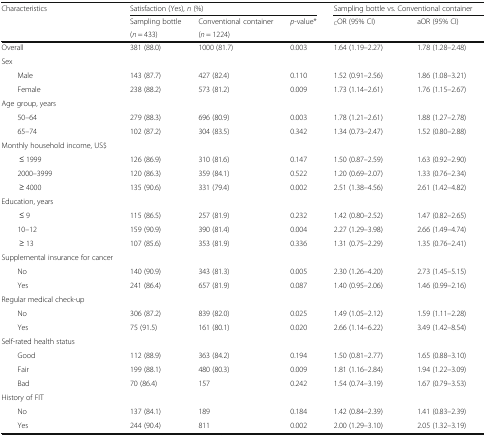
<table><thead><tr><td rowspan="3"><b>Characteristics</b></td><td colspan="3"><b>Satisfaction (Yes), <i>n</i> (%)</b></td><td colspan="2"><b>Sampling bottle vs. Conventional container</b></td></tr><tr><td><b>Sampling bottle</b></td><td><b>Conventional container</b></td><td rowspan="2"><b><i>p</i>-value*</b></td><td rowspan="2"><b><sub>C</sub>OR (95% CI)</b></td><td rowspan="2"><b>aOR (95% CI)</b></td></tr><tr><td><b>(<i>n</i> = 433)</b></td><td><b>(<i>n</i> = 1224)</b></td></tr></thead><tbody><tr><td>Overall</td><td>381 (88.0)</td><td>1000 (81.7)</td><td>0.003</td><td>1.64 (1.19–2.27)</td><td>1.78 (1.28–2.48)</td></tr><tr><td>Sex</td><td></td><td></td><td></td><td></td><td></td></tr><tr><td>Male</td><td>143 (87.7)</td><td>427 (82.4)</td><td>0.110</td><td>1.52 (0.91–2.56)</td><td>1.86 (1.08–3.21)</td></tr><tr><td>Female</td><td>238 (88.2)</td><td>573 (81.2)</td><td>0.009</td><td>1.73 (1.14–2.61)</td><td>1.76 (1.15–2.67)</td></tr><tr><td>Age group, years</td><td></td><td></td><td></td><td></td><td></td></tr><tr><td>50–64</td><td>279 (88.3)</td><td>696 (80.9)</td><td>0.003</td><td>1.78 (1.21–2.61)</td><td>1.88 (1.27–2.78)</td></tr><tr><td>65–74</td><td>102 (87.2)</td><td>304 (83.5)</td><td>0.342</td><td>1.34 (0.73–2.47)</td><td>1.52 (0.80–2.88)</td></tr><tr><td>Monthly household income, US$</td><td></td><td></td><td></td><td></td><td></td></tr><tr><td>≤ 1999</td><td>126 (86.9)</td><td>310 (81.6)</td><td>0.147</td><td>1.50 (0.87–2.59)</td><td>1.63 (0.92–2.90)</td></tr><tr><td>2000–3999</td><td>120 (86.3)</td><td>359 (84.1)</td><td>0.522</td><td>1.20 (0.69–2.07)</td><td>1.33 (0.76–2.34)</td></tr><tr><td>≥ 4000</td><td>135 (90.6)</td><td>331 (79.4)</td><td>0.002</td><td>2.51 (1.38–4.56)</td><td>2.61 (1.42–4.82)</td></tr><tr><td>Education, years</td><td></td><td></td><td></td><td></td><td></td></tr><tr><td>≤ 9</td><td>115 (86.5)</td><td>257 (81.9)</td><td>0.232</td><td>1.42 (0.80–2.52)</td><td>1.47 (0.82–2.65)</td></tr><tr><td>10–12</td><td>159 (90.9)</td><td>390 (81.4)</td><td>0.004</td><td>2.27 (1.29–3.98)</td><td>2.66 (1.49–4.74)</td></tr><tr><td>≥ 13</td><td>107 (85.6)</td><td>353 (81.9)</td><td>0.336</td><td>1.31 (0.75–2.29)</td><td>1.35 (0.76–2.41)</td></tr><tr><td>Supplemental insurance for cancer</td><td></td><td></td><td></td><td></td><td></td></tr><tr><td>No</td><td>140 (90.9)</td><td>343 (81.3)</td><td>0.005</td><td>2.30 (1.26–4.20)</td><td>2.73 (1.45–5.15)</td></tr><tr><td>Yes</td><td>241 (86.4)</td><td>657 (81.9)</td><td>0.087</td><td>1.40 (0.95–2.06)</td><td>1.46 (0.99–2.16)</td></tr><tr><td>Regular medical check-up</td><td></td><td></td><td></td><td></td><td></td></tr><tr><td>No</td><td>306 (87.2)</td><td>839 (82.0)</td><td>0.025</td><td>1.49 (1.05–2.12)</td><td>1.59 (1.11–2.28)</td></tr><tr><td>Yes</td><td>75 (91.5)</td><td>161 (80.1)</td><td>0.020</td><td>2.66 (1.14–6.22)</td><td>3.49 (1.42–8.54)</td></tr><tr><td>Self-rated health status</td><td></td><td></td><td></td><td></td><td></td></tr><tr><td>Good</td><td>112 (88.9)</td><td>363 (84.2)</td><td>0.194</td><td>1.50 (0.81–2.77)</td><td>1.65 (0.88–3.10)</td></tr><tr><td>Fair</td><td>199 (88.1)</td><td>480 (80.3)</td><td>0.009</td><td>1.81 (1.16–2.84)</td><td>1.94 (1.22–3.09)</td></tr><tr><td>Bad</td><td>70 (86.4)</td><td>157</td><td>0.242</td><td>1.54 (0.74–3.19)</td><td>1.67 (0.79–3.53)</td></tr><tr><td>History of FIT</td><td></td><td></td><td></td><td></td><td></td></tr><tr><td>No</td><td>137 (84.1)</td><td>189</td><td>0.184</td><td>1.42 (0.84–2.39)</td><td>1.41 (0.83–2.39)</td></tr><tr><td>Yes</td><td>244 (90.4)</td><td>811</td><td>0.002</td><td>2.00 (1.29–3.10)</td><td>2.05 (1.32–3.19)</td></tr></tbody></table>